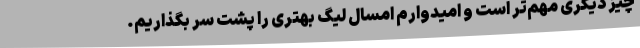
چیز دیگری مهم‌تر است و امیدوارم امسال لیگ بهتری را پشت سر بگذاریم.